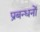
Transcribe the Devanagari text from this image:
प्रबन्धनाें